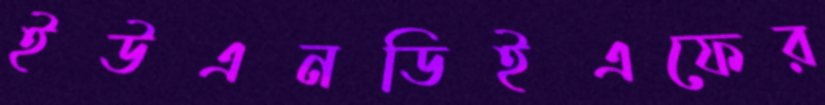
ইউএনডিইএফের